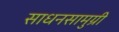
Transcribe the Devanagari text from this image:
साधनसामुग्री